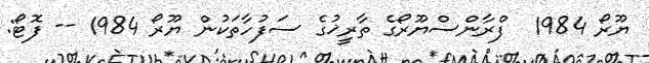
ޔޫރޯ 1984  ފްރާންސްޔޫރޯގެ ތާރީޚުގެ ސަފުހާތަކުން ޔޫރޯ 1984 -- ފޮޓޯ: